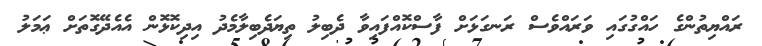
ރައްޔިތުންގެ ހައްގުގައި ވަރައްވެސް ރަނގަޅަށް ފާސްކޮއްފައިވާ ދެބިލު ތިޔަދެބިލާމެދު އިދިކޮޅޮން އެއެދޭގޮތަށް ޢަމަލު